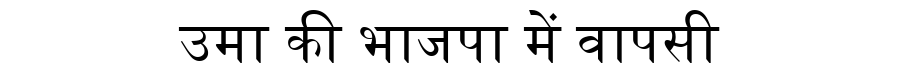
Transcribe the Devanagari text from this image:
उमा की भाजपा में वापसी